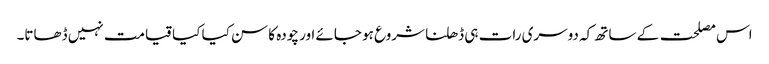
اس مصلحت کے ساتھ کہ دوسری رات ہی ڈھلنا شروع ہو جائے اور چودہ کا سن کیا کیا قیامت نہیں ڈھاتا۔